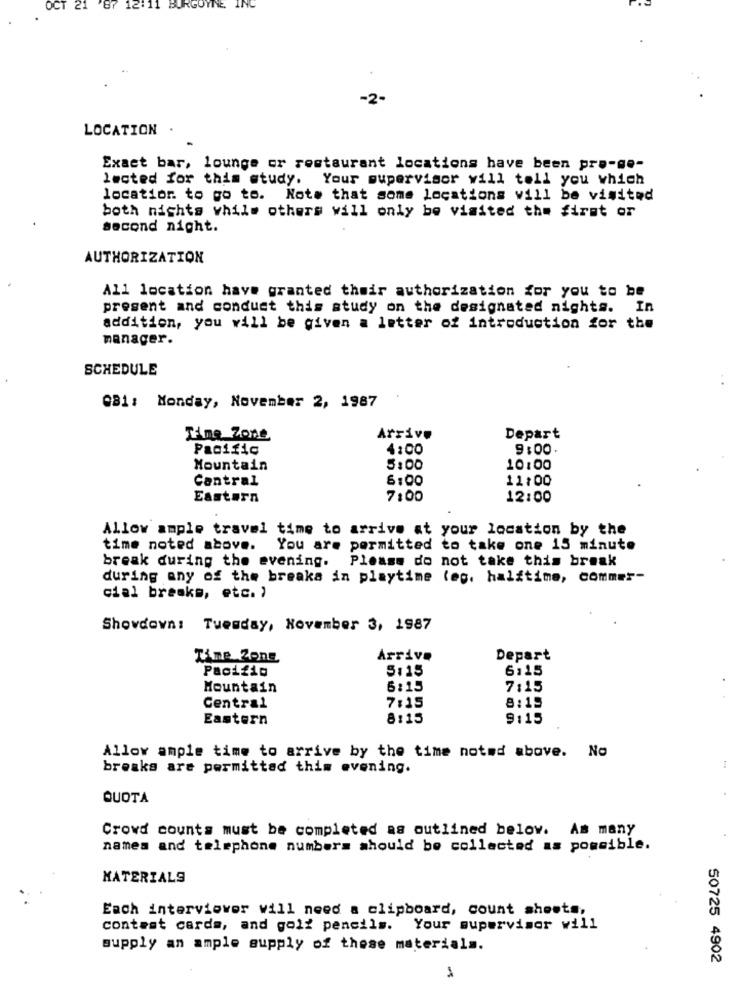
OCT
21
BURGOYINE INC
-2-
LOCATION
Exact bar, lounge or restaurant locations have been pro-ge-
lected for this study. Your supervisor will tell you which
location to go to. Note that some locations vill be visited
both nights while others will only be visited the first or
second night.
AUTHORIZATION
All location have granted their authorization for you to be
present and conduct this study on the designated nights. In
addition, you will be given a letter of introduction for the
manager.
SCHEDULE
081: Monday, November 2, 1987
Time Zone
Arrive
Depart
Pacific
4:00
9:00
Mountain
5:00
10:00
Central
6:00
11:00
Eastern
7:00
12:00
Allow ample travel time to arrive at your location by the
time noted above.
You are permitted to take one 15 minute
break during the evening. Please do not take this break
during any of the breaks in playtime (eg. halftime, commer-
cial breaks, etc. )
Showdown: Tuesday, November 3, 1987
Time Zone
Arrive
Depart
Pacific
5:15
6:15
Mountain
6:15
7:15
Central
8:15
7:15
Eastern
8:15
9:15
Allow ample time to arrive by the time noted above. No
breaks are permitted this evening.
QUOTA
Crowd counts must be completed as outlined below. Am many
names and telephone numbers should be collected as possible.
MATERIALS
Each interviover will need a clipboard, count shoots,
contest cards, and golf pencils.
Your supervisor will
supply an ample supply of these materials.
50725 4902